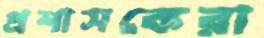
প্রশাসকেরা